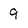
Character: 9